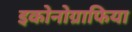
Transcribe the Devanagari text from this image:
इकोनोग्राफिया